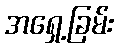
အရှေ့ခြမ်း